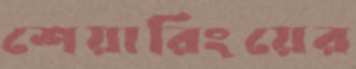
শেয়ারিংয়ের